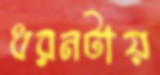
ধরনটায়